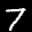
Label: 7